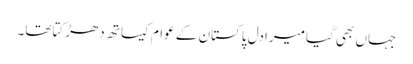
جہاں بھی گیامیرادل پاکستان کے عوام کیساتھ دھڑکتاتھا۔